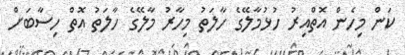
ކަން މިހެން އޮތްއިރު ހުޅުމާލޭގެ ހާލަތު މިހާރު މާލޭގެ ހާލަަތު އޮތް ހިސާބަށް